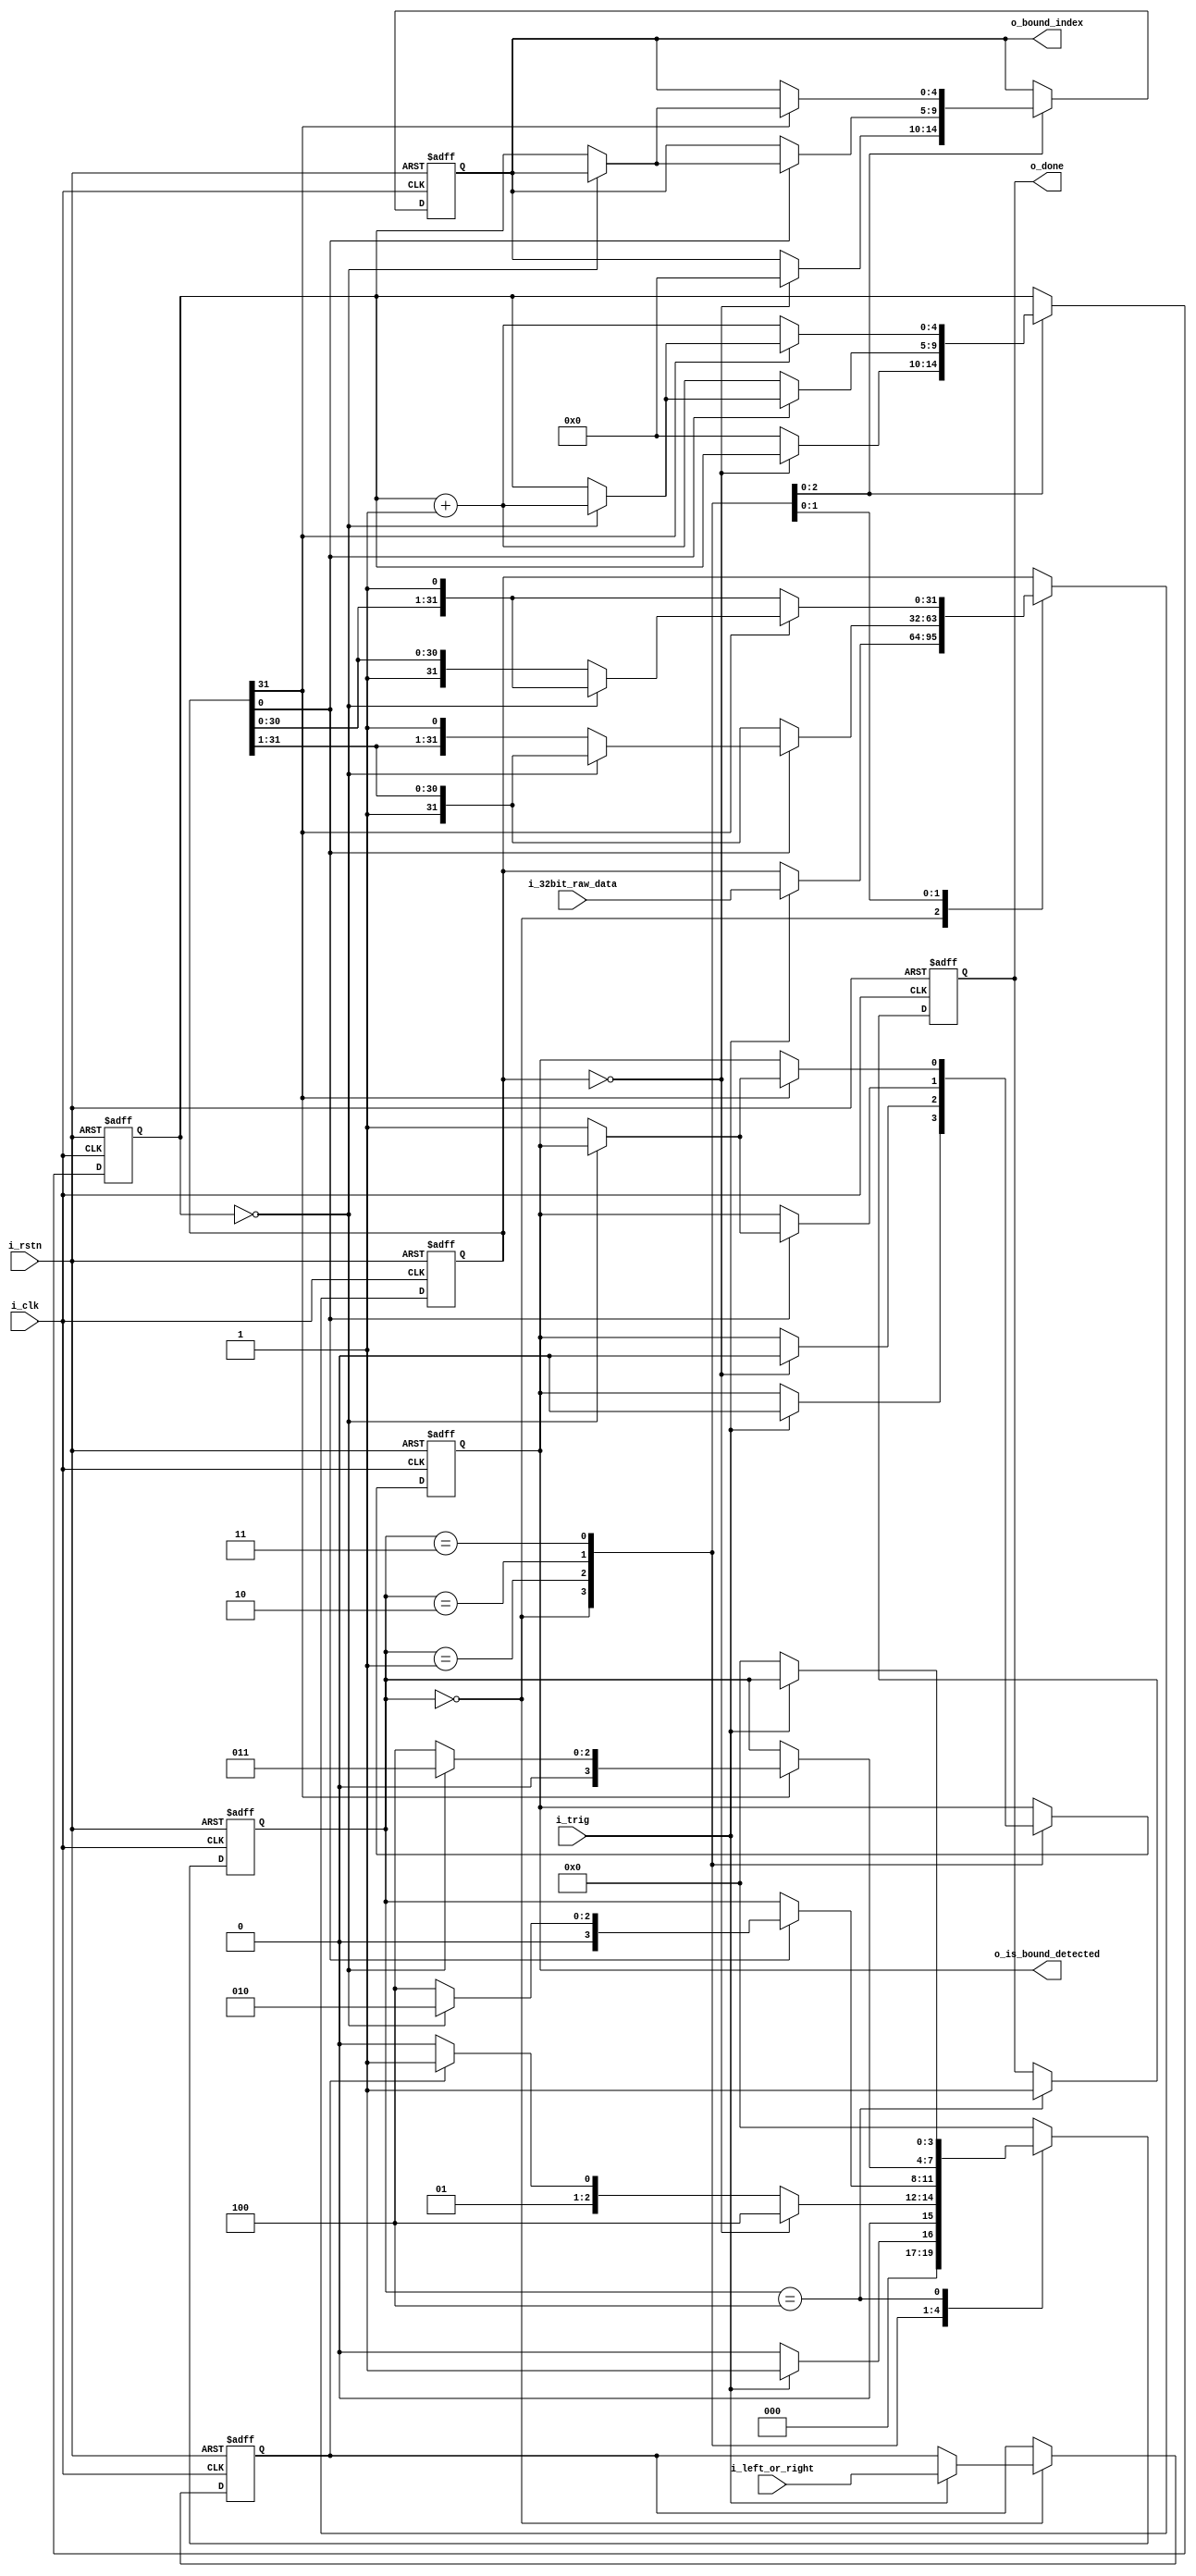
module detect_bound_in_32bit (
	i_clk,
	i_rstn,
	i_trig,
	i_32bit_raw_data,
	i_left_or_right,
	o_bound_index,
	o_is_bound_detected,
	o_done

);

	input i_clk;
	input i_rstn;
	input i_trig;
	input [31:0] i_32bit_raw_data;
	input i_left_or_right;			// 0-left, 1-right
	output reg [4:0] o_bound_index;
	output reg o_is_bound_detected;
	output reg o_done;

	// State machine definition
	reg [3:0] sm_state;
	localparam	IDLE		= 0,	
				IS_ALL_0	= 1,
				LEFT_BOUND	= 2,
				RIGHT_BOUND	= 3,
				DONE		= 4;
				
	// State machine transition
	reg [31:0] i_32bit_raw_data_latch;
	reg i_left_or_right_latch;
	reg [4:0] shift_cnter;
	always@(posedge i_clk or negedge i_rstn) begin
		if (i_rstn == 1'b0)
			begin
				sm_state <= IDLE;
				i_32bit_raw_data_latch <= 32'h0;
				i_left_or_right_latch <= 1'b0;
				shift_cnter <= 5'h0;
				o_is_bound_detected <= 1'b0;
				o_done <= 1'b0;
				o_bound_index <= 5'h0;
			end
		else
			begin
				case (sm_state)
					IDLE:
						begin
							if (i_trig == 1'b1)
								begin
									sm_state <= IS_ALL_0;
									i_32bit_raw_data_latch <= i_32bit_raw_data;
									i_left_or_right_latch <= i_left_or_right;
									o_is_bound_detected <= 1'b0;
								end
							else
								sm_state <= IDLE;
						end
					IS_ALL_0:
						begin
							if (i_32bit_raw_data_latch == 32'h0)
								begin
									sm_state <= DONE;
									o_is_bound_detected <= 1'b0;
									o_bound_index <= 5'd0;
								end
							else	
								begin
									sm_state <= (i_left_or_right_latch == 1'b0)? LEFT_BOUND : RIGHT_BOUND;
									shift_cnter <= 5'h0;
								end
						end
					LEFT_BOUND:
						begin
							if (i_32bit_raw_data_latch[0] == 1'b1)
								begin
									if (shift_cnter == 5'd0) // this is error handler
										begin
											sm_state <= LEFT_BOUND;
											shift_cnter <= shift_cnter + 5'd1;
											i_32bit_raw_data_latch <= {1'b1,i_32bit_raw_data_latch[31:1]}; // right shift
										end
									else
										begin
											sm_state <= DONE;
											o_is_bound_detected <= 1'b1;
											o_bound_index <= shift_cnter;
										end
								end
							else
								begin
									shift_cnter <= shift_cnter + 1'b1;
									i_32bit_raw_data_latch <= {1'b1,i_32bit_raw_data_latch[31:1]}; // right shift
									
								end
						end
					RIGHT_BOUND:
						begin
							if (i_32bit_raw_data_latch[31] == 1'b1)
								begin
									if (shift_cnter == 5'd0) // this is error handler
										begin
											sm_state <= RIGHT_BOUND;
											shift_cnter <= shift_cnter + 5'd1;
											i_32bit_raw_data_latch <= {i_32bit_raw_data_latch[30:0],1'b1}; // left shift
										end
									else
										begin
											sm_state <= DONE;
											o_is_bound_detected <= 1'b1;
											o_bound_index <= shift_cnter;
										end
								end
							else
								begin
									shift_cnter <= shift_cnter + 1'b1;
									i_32bit_raw_data_latch <= {i_32bit_raw_data_latch[30:0],1'b1}; // left shift
									
								end
						end
					DONE:
						begin
							o_done <= 1'b1;
							if (i_trig == 1'b0)
								sm_state <= IDLE;
						end
					default:
						sm_state <= IDLE;
				endcase
			end
	
	end



endmodule